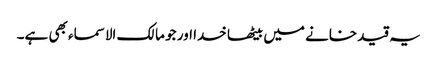
یہ قید خانے میں بیٹھا خدا اور جو مالک الاسماء بھی ہے۔